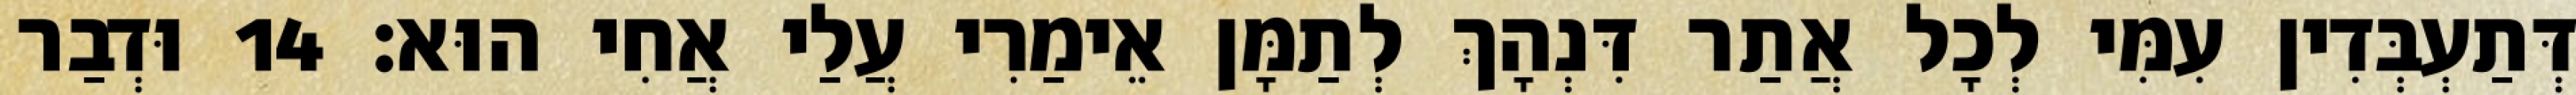
דְּתַעְבְּדִין עִמִּי לְכָל אֲתַר דִּנְהָךְ לְתַמָּן אֵימַרִי עֲלַי אֲחִי הוּא׃ 14 וּדְבַר